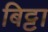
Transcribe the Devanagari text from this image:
बिट्टा